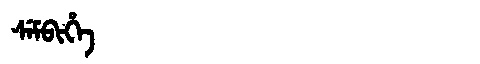
Manchu: ᠰᡝᠮᠪᡳᡥᡝ
Romanization: SEMBIHE